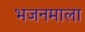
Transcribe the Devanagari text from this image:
भजनमाला